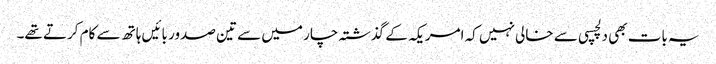
یہ بات بھی دلچسپی سے خالی نہیں کہ امریکہ کے گذشتہ چار میں سے تین صدور بائیں ہاتھ سے کام کرتے تھے۔